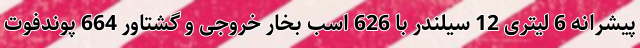
پیشرانه 6 لیتری 12 سیلندر با 626 اسب بخار خروجی و گشتاور 664 پوندفوت